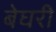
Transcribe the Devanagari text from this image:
बेघरी